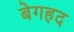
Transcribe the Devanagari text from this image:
बेगहद